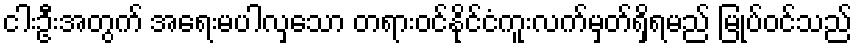
ငါးဦးအတွက် အရေးမပါလှသော တရားဝင်နိုင်ငံကူးလက်မှတ်ရှိရမည် မြုပ်ဝင်သည်